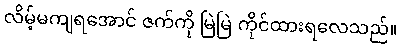
လိမ့်မကျရအောင် ဇက်ကို မြဲမြဲ ကိုင်ထားရလေသည်။